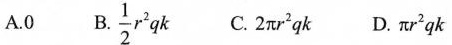
A.0 B.\frac{1}{2}r^{2}qk C.2πr^{2}qk D.πr^{2}qk